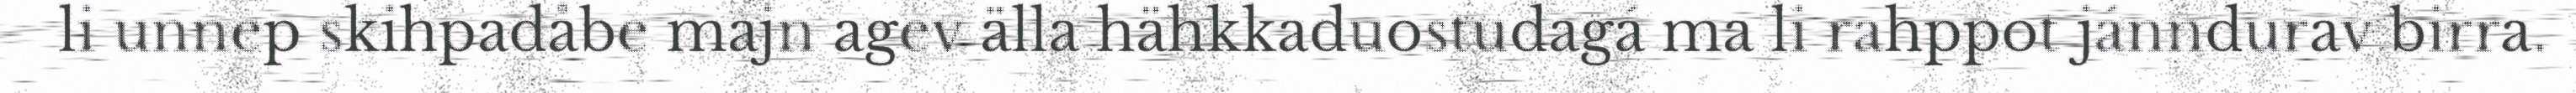
li unnep skihpadåbe majn agev älla hähkkaduostudagá ma li rahppot jánndurav birra.